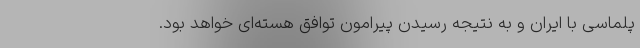
پلماسی با ایران و به نتیجه رسیدن پیرامون توافق هسته‌ای خواهد بود.